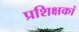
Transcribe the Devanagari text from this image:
प्रशिक्षकां